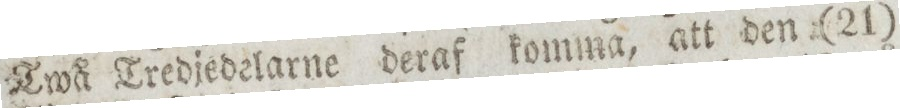
Twå Tredjedelarne deraf komma, att den (21)